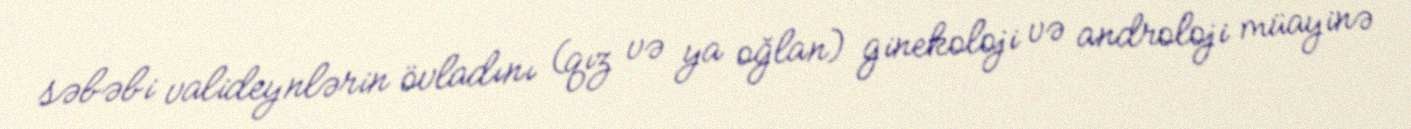
səbəbi valideynlərin övladını (qız və ya oğlan) ginekoloji və androloji müayinə